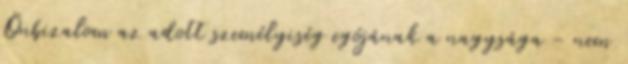
Önbizalom az adott személyiség egójának a nagysága - nem